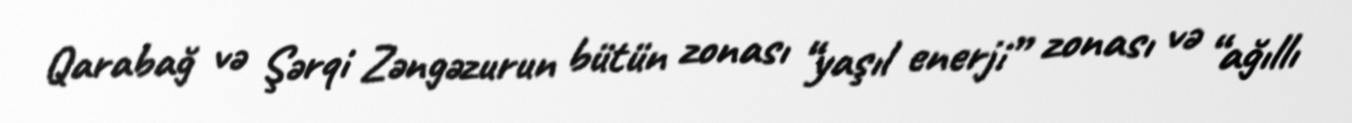
Qarabağ və Şərqi Zəngəzurun bütün zonası “yaşıl enerji” zonası və “ağıllı